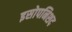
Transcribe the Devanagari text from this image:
इसोपनिशद